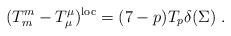
\begin{align*}(T_m^m - T_\mu^\mu )^{\rm loc} = (7-p) T_p \delta(\Sigma)\ .\end{align*}